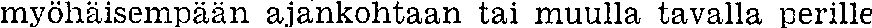
myöhäisempään ajankohtaan tai muulla tavalla perille